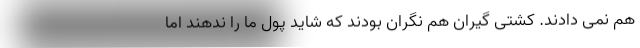
هم نمی دادند. کشتی گیران هم نگران بودند که شاید پول ما را ندهند اما